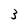
Character: 3